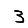
Digit: 3